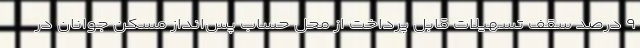
۹ درصد سقف تسهیلات قابل پرداخت از محل حساب پس‌انداز مسکن جوانان در